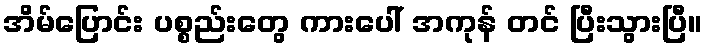
အိမ်ပြောင်း ပစ္စည်းတွေ ကားပေါ် အကုန် တင် ပြီးသွားပြီ။